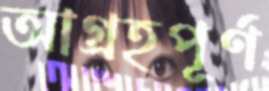
আগ্রহপূর্ণ